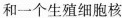
和一个生殖细胞核